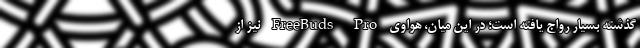
گذشته بسیار رواج یافته است؛ در این میان، هواوی FreeBuds Pro نیز از